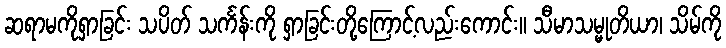
ဆရာမကိုရှာခြင်း သပိတ် သင်္ကန်းကို ရှာခြင်းတို့ကြောင့်လည်းကောင်း။ သီမာသမ္မုတိယာ၊ သိမ်ကို